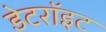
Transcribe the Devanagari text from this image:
डेटरॉइट